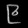
Digit: ၉